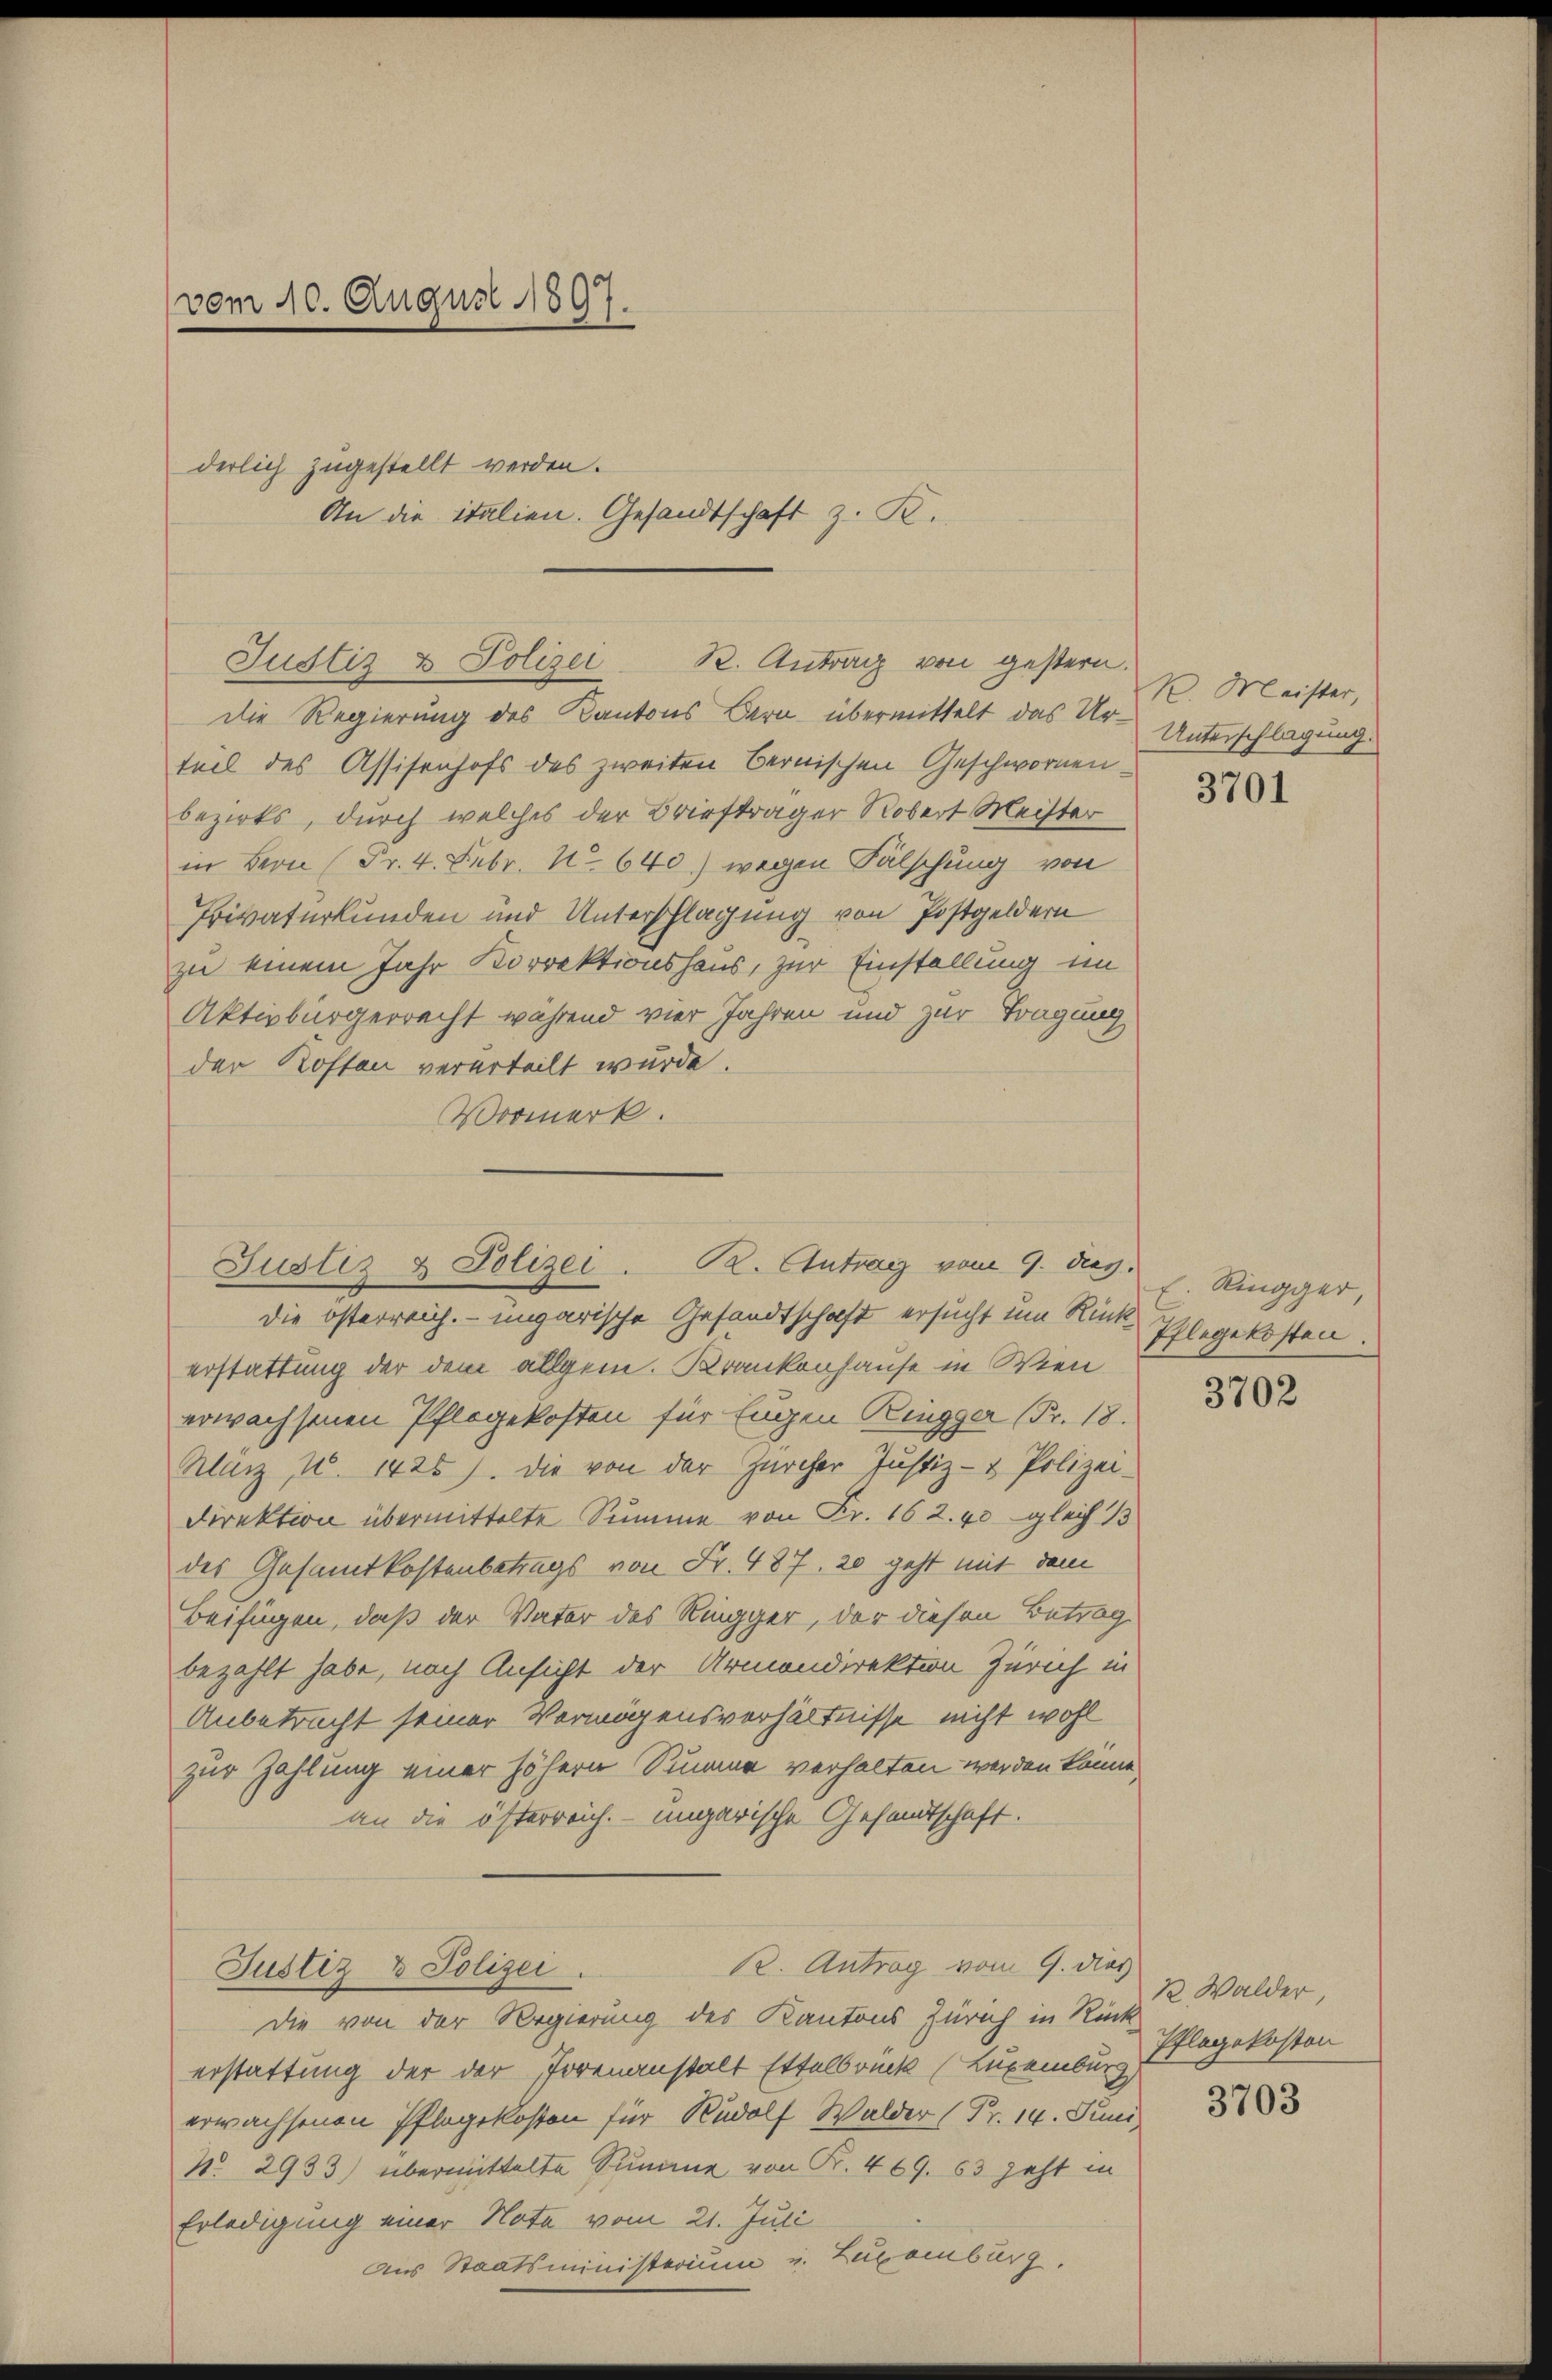
vom 10. August 1897.

derlich zugestellt werden.

An die italien. Gesandtschaft z. B.

die Regierung des Kantons Bern übermittelt das Urteil des Assisenhofs des zweiten Bernischen Geschwornenbezirks, durch welches der Briefträger Robert Meister
in Bern (Fr. 4. Febr. No 640.) wegen Fälschung von
Privaturkunden und Unterschlagung von Postgeldern
zu einem Jahr Korrektionshaus, zur Einstellung im
Aktivbürgerrecht während vier Jahren und zur Tragung
der Kosten verurteilt wurde
Vormerk.

Justiz & Polizei R. Antrag von gestern.

Justiz & Polizei . K. Antrag vom 9. dv. Ringger,

die österreich. ungarische Gesandtschaft ersucht um Rück
erstattung der dem allgem. Krankenhause in Wien
erwachsenen Pflegekosten für Eugen Ringger (Fr. 18.
Maiz u. 1425). Die von der Zürcher Justiz- & Polizei-
Direktion übermittelte Summe von Fr. 162. 40 gleich 13
des Gesamtkostenbetrags von Fr. 487. 20 geht mit dem
Beifügen, daß der Vater des Ringger, der diesen Betrag
bezahlt habe, nach Ansicht der Armondirektion Zürich in
Anbetracht seiner Vermögensverhältnisse nicht wohl
zur Zahlung einer höhern Summe verhalten werden könne,
an die österreich. ungarische Gesandtschaft.
R. Antrag vom 9. dies
Justiz & Polizei
Die von der Regierung des Kantons Zürich in Rück
erstattung der der Torenanstalt Ettelbrück (Luxenburg,
erwachsenen Pflegekosten für Rudolf Walder (Fr. 14. Juni
No. 2933) übermittelte Summe von Fr. 469. 63 jeht in
Erledigung einer Note vom 21. Juli
Aus Staatsministerium u. Zugamburg.

K. Meister,
Unterschlagung.

3701

Pflegekosten.

3702

12. Walder
Pflegekosten

3703